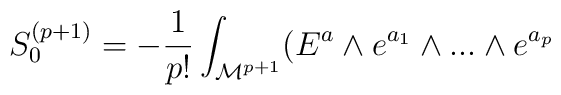
S_0^{(p+1)} = - {1 \over {p!}} \int_{{\cal{M}}^{p+1}} ( E^{a} \wedge e^{a_1} \wedge ...  \wedge e^{a_p}